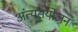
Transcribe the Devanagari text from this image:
अंत्यसंयोजन